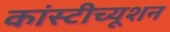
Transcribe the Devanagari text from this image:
कांस्टीच्यूशन